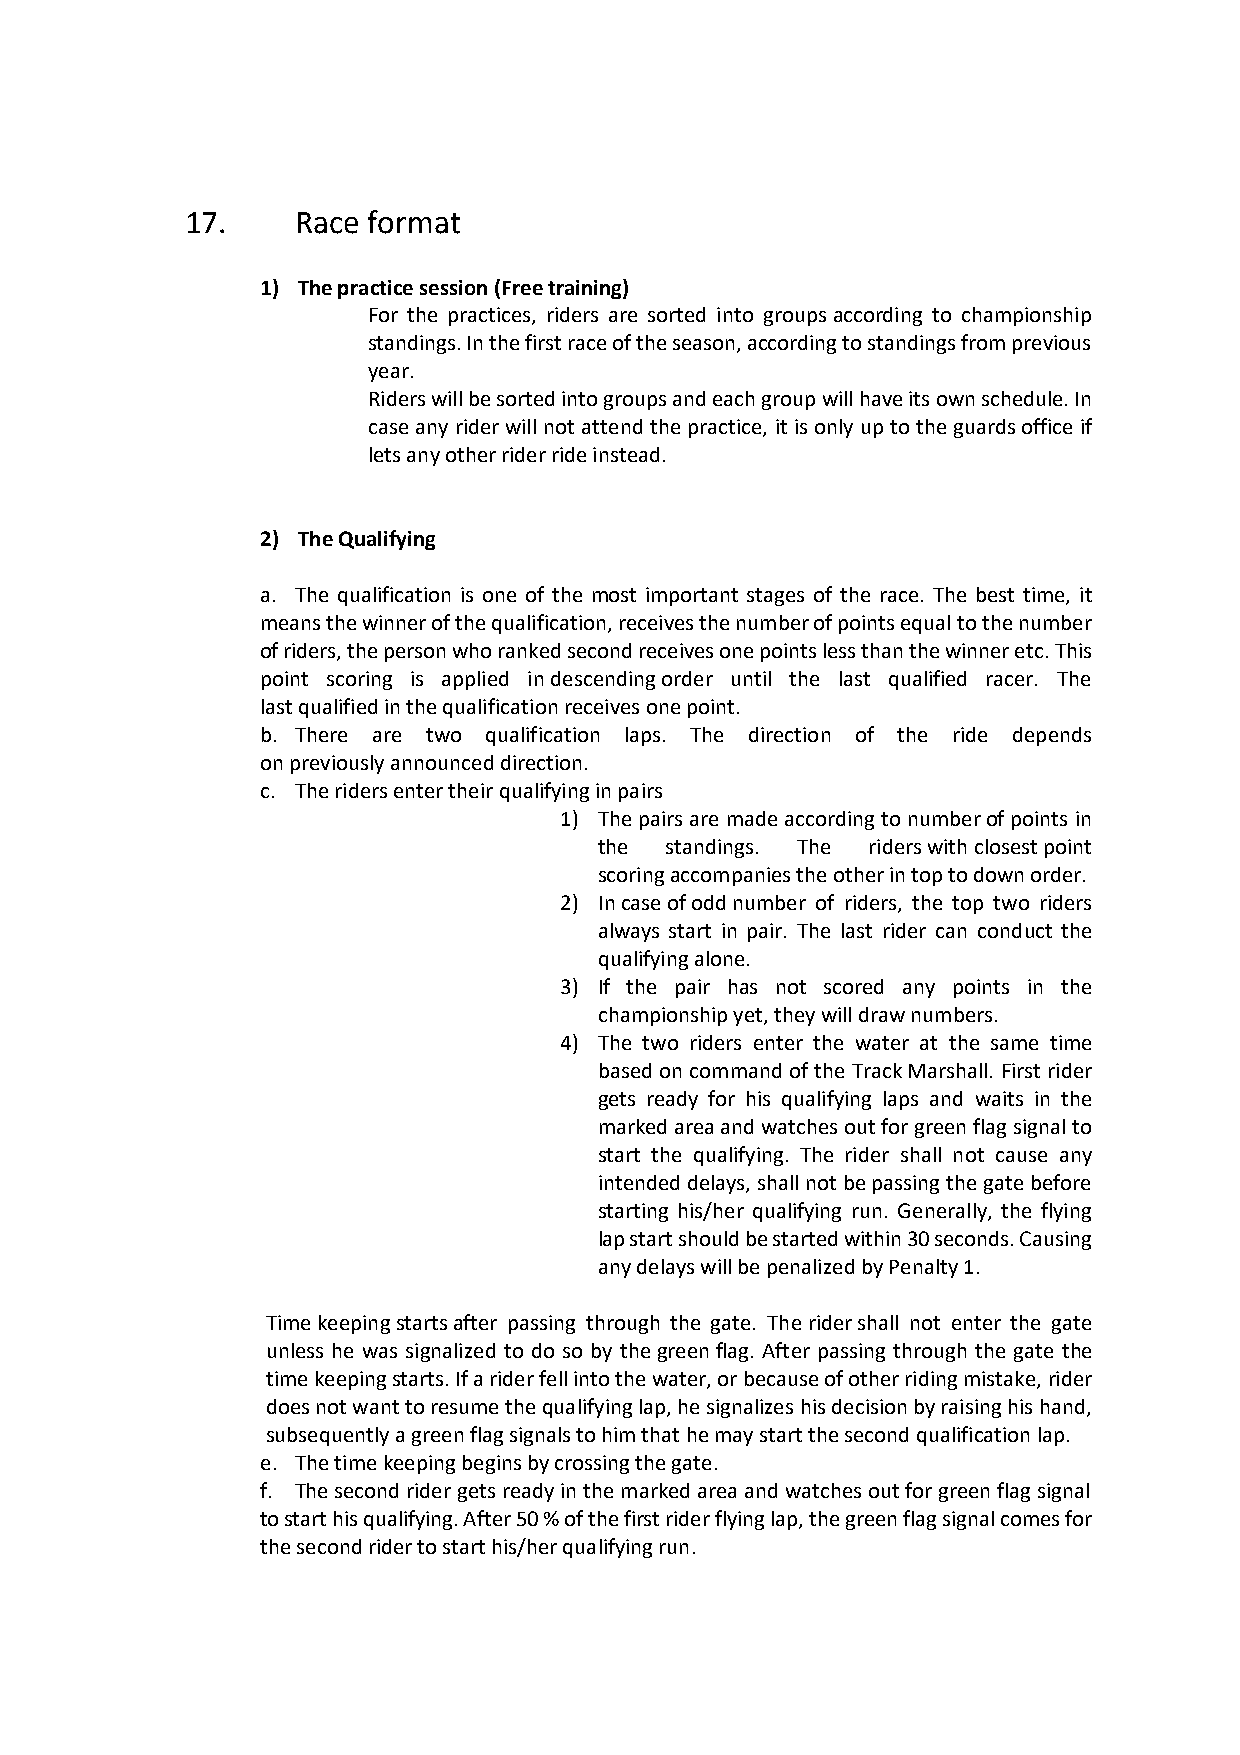
17.     Race format
 1) The practice session (Free training)
 For the practices, riders are sorted into groups according to championship
 standings. In the first race of the season, according to standings from previous
 year.
 Riders will be sorted into groups and each group will have its own schedule. In
 case any rider will not attend the practice, it is only up to the guards office if
 lets any other rider ride instead.
 2) The Qualifying
 a. The qualification is one of the most important stages of the race. The best time, it
 means the winner of the qualification, receives the number of points equal to the number
 of riders, the person who ranked second receives one points less than the winner etc. This
 point scoring is applied in descending order until the last qualified racer. The
 last qualified in the qualification receives one point.
 b. There are two qualification laps. The direction of the ride depends
 on previously announced direction.
 c. The riders enter their qualifying in pairs
 1) The pairs are made according to number of points in
 the standings. The riders with closest point
 scoring accompanies the other in top to down order.
 2) In case of odd number of riders, the top two riders
 always start in pair. The last rider can conduct the
 qualifying alone.
 3) If the pair has not scored any points in the
 championship yet, they will draw numbers.
 4) The two riders enter the water at the same time
 based on command of the Track Marshall. First rider
 gets ready for his qualifying laps and waits in the
 marked area and watches out for green flag signal to
 start the qualifying. The rider shall not cause any
 intended delays, shall not be passing the gate before
 starting his/her qualifying run. Generally, the flying
 lap start should be started within 30 seconds. Causing
 any delays will be penalized by Penalty 1.
 Time keeping starts after passing through the gate. The rider shall not enter the gate
 unless he was signalized to do so by the green flag. After passing through the gate the
 time keeping starts. If a rider fell into the water, or because of other riding mistake, rider
 does not want to resume the qualifying lap, he signalizes his decision by raising his hand,
 subsequently a green flag signals to him that he may start the second qualification lap.
 e. The time keeping begins by crossing the gate.
 f. The second rider gets ready in the marked area and watches out for green flag signal
 to start his qualifying. After 50 % of the first rider flying lap, the green flag signal comes for
 the second rider to start his/her qualifying run.